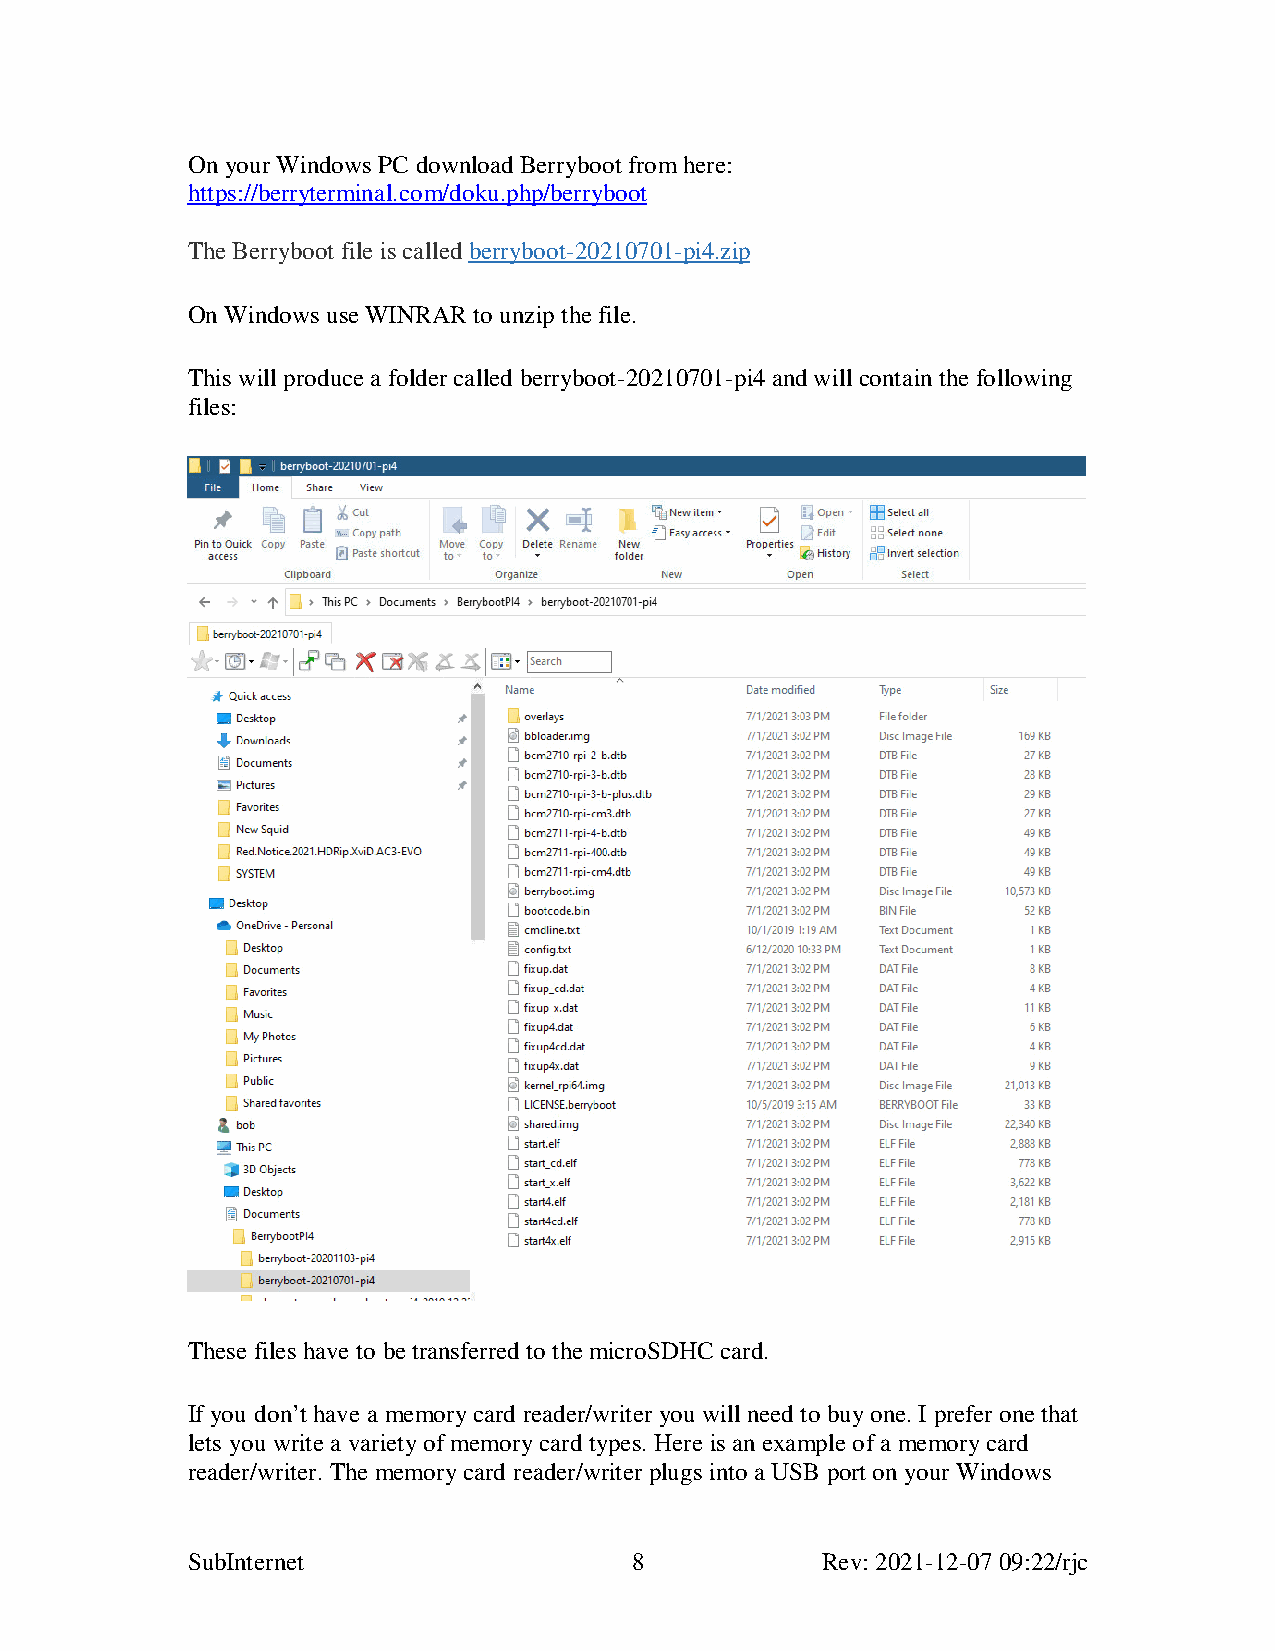
On your Windows PC download Berryboot from here:
 https://berryterminal.com/doku.php/berryboot
 The Berryboot file is called berryboot-20210701-pi4.zip
 On Windows use WINRAR to unzip the file.
 This will produce a folder called berryboot-20210701-pi4 and will contain the following
 files:
 These files have to be transferred to the microSDHC card.
 If you don’t have a memory card reader/writer you will need to buy one. I prefer one that
 lets you write a variety of memory card types. Here is an example of a memory card
 reader/writer. The memory card reader/writer plugs into a USB port on your Windows
 SubInternet                   8           Rev: 2021-12-07 09:22/rjc